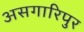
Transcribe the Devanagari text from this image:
असगारिपुर